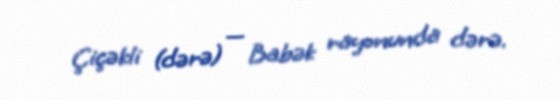
Çiçəkli (dərə) — Babək rayonunda dərə.